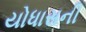
યોધાસની